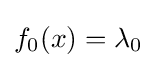
f_{0}(x)=\lambda _{0}